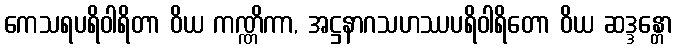
ကေသရပရိဝါရိတာ ဝိယ ကဏ္ဏိကာ, အဋ္ဌနာဂသဟဿပရိဝါရိတော ဝိယ ဆဒ္ဒန္တော